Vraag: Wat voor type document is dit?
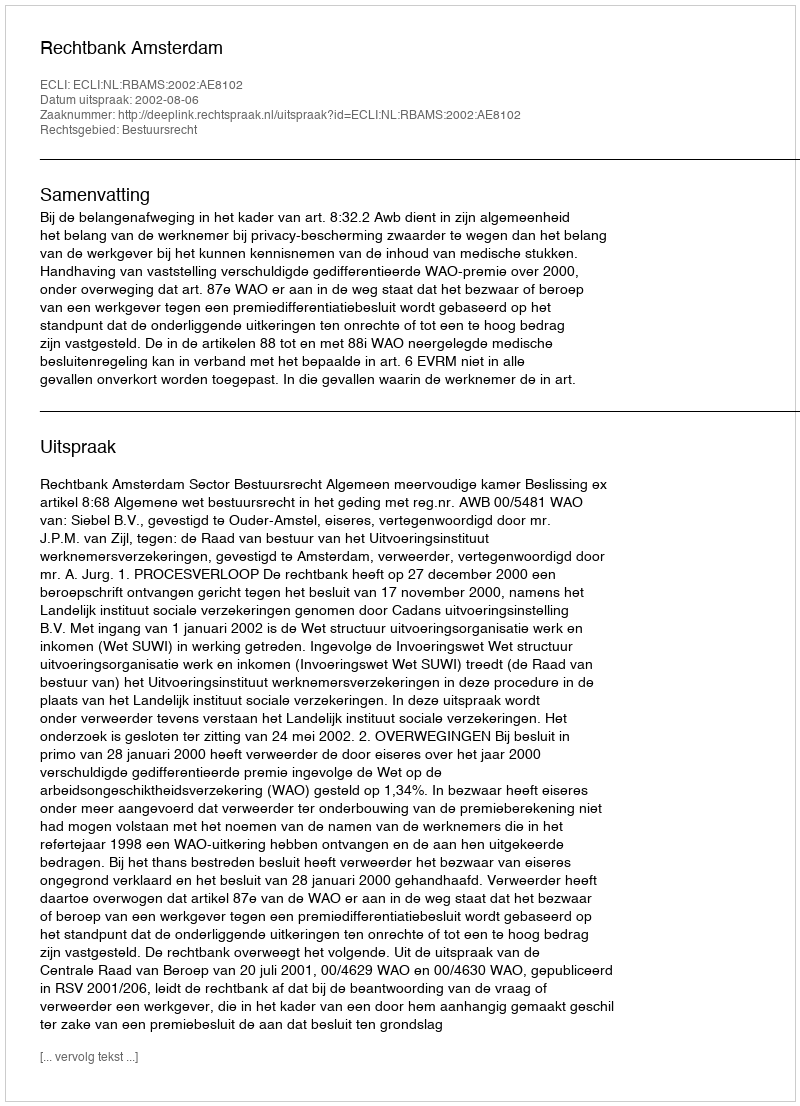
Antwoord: Uitspraak